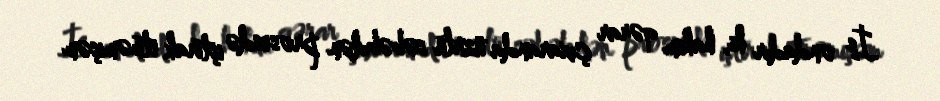
İş ondadır ki, hakim qərar çıxaranda üzrlü səbəbdən prosesdə iştirak etməmişəm